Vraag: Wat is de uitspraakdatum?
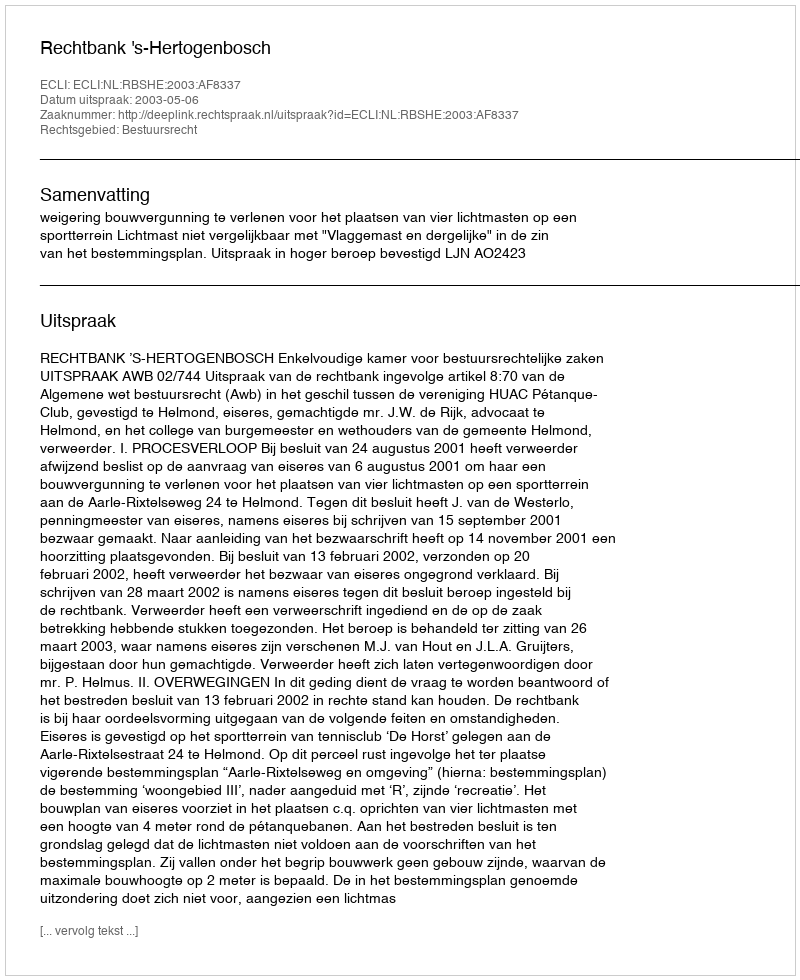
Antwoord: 2003-05-06